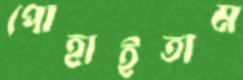
পোহাইতাম